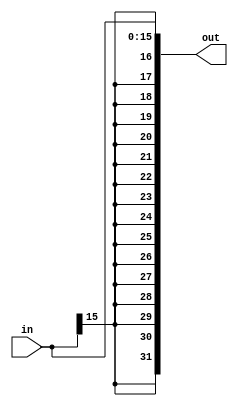
//sign_extension

module sign_extension(	in,
			out
			);


	parameter INPUT_SIZE  = 16;
	parameter OUTPUT_SIZE = 32;

	input   [INPUT_SIZE-1:0]  in;
	output  [OUTPUT_SIZE-1:0] out;

	localparam SIGN_BIT_LOCATION	      = INPUT_SIZE - 1;
	localparam SIGN_BIT_REPLICATION_COUNT = OUTPUT_SIZE - INPUT_SIZE;

	assign out = {{SIGN_BIT_REPLICATION_COUNT{in[SIGN_BIT_LOCATION]}}, in[INPUT_SIZE-1:0]};


endmodule